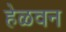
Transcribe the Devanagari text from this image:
हेळवन